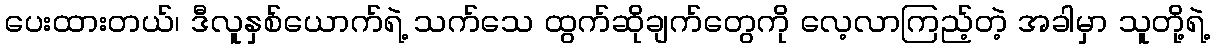
ပေးထားတယ်၊ ဒီလူနှစ်ယောက်ရဲ့ သက်သေ ထွက်ဆိုချက်တွေကို လေ့လာကြည့်တဲ့ အခါမှာ သူတို့ရဲ့